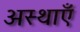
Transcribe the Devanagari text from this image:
अस्थाएँ